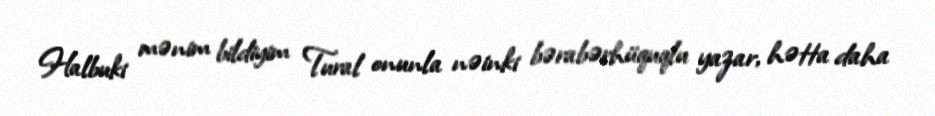
Halbuki mənim bildiyim Tural onunla nəinki bərabərhüquqlu yazar, hətta daha